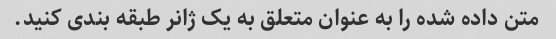
متن داده شده را به عنوان متعلق به یک ژانر طبقه بندی کنید.